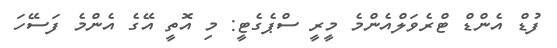
ފުޑް އެންޑް ޓްރެވަލްއެންމެ މީރީ ސްޕެގެޓީ: މި އޮތީ އޭގެ އެންމެ ފަސޭހަ